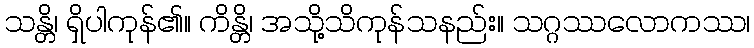
သန္တိ၊ ရှိပါကုန်၏။ ကိန္တိ၊ အသို့သိကုန်သနည်း။ သဂ္ဂဿလောကဿ၊